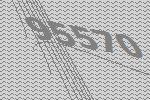
95570